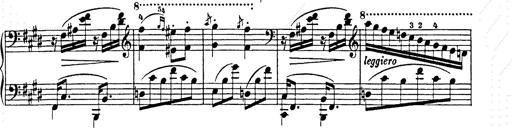
Title: Hungarian Rhapsody No.9
Composer: Franz Liszt
Key: E-flat major